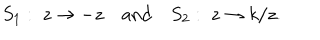
S _ { 1 } : \; z \to - z \quad \mathrm { a n d } \quad S _ { 2 } : \; z \to k / z .